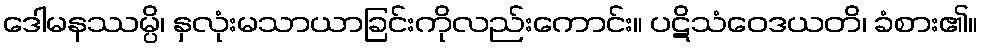
ဒေါမနဿမ္ပိ၊ နှလုံးမသာယာခြင်းကိုလည်းကောင်း။ ပဋိသံဝေဒယတိ၊ ခံစား၏။